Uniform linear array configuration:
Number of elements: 12
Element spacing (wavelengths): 0.75
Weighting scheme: hann
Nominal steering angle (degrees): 60
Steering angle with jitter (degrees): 58.365
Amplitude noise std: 0.05
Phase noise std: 0.05

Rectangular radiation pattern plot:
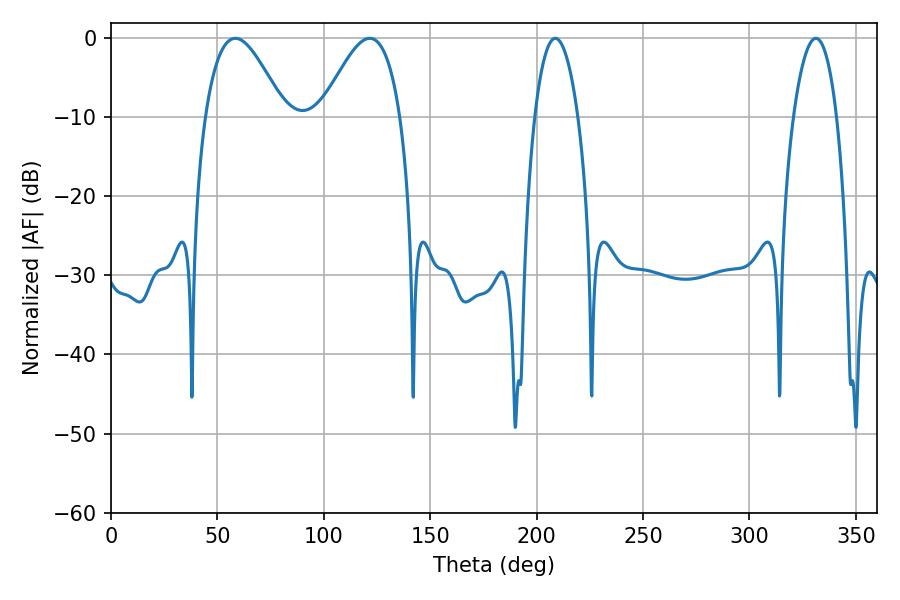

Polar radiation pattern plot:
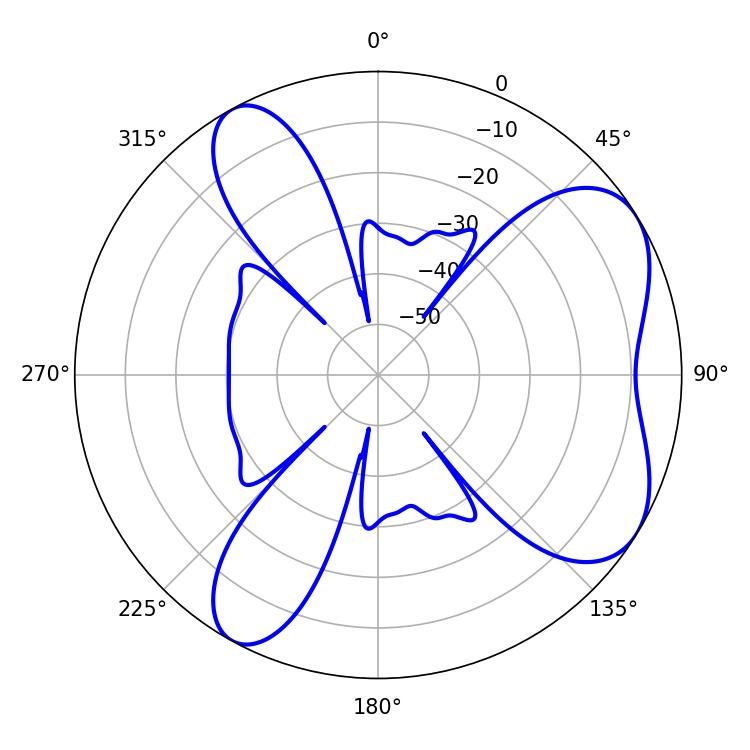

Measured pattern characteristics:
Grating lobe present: TRUE
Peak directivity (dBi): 6.176
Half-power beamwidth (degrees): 11.34
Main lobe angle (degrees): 208.8